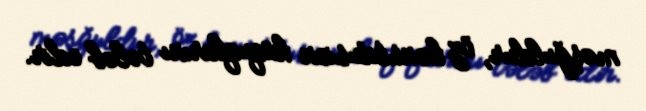
məşğuldur, öz konstitusion hüquqlarını tələb edir.